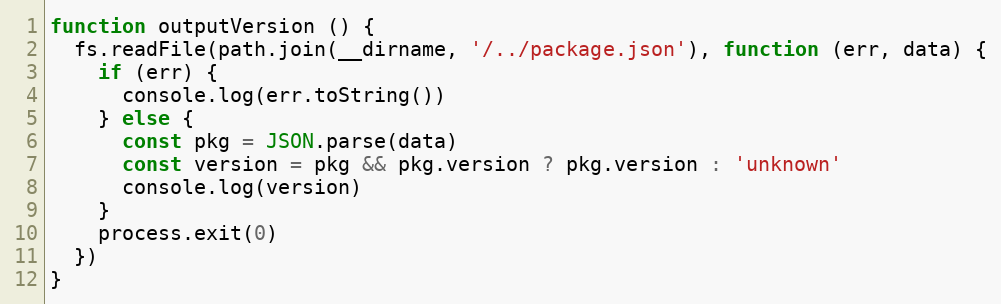
Language: JavaScript
function outputVersion () {
  fs.readFile(path.join(__dirname, '/../package.json'), function (err, data) {
    if (err) {
      console.log(err.toString())
    } else {
      const pkg = JSON.parse(data)
      const version = pkg && pkg.version ? pkg.version : 'unknown'
      console.log(version)
    }
    process.exit(0)
  })
}